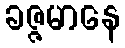
ခဇ္ဇမာနေ